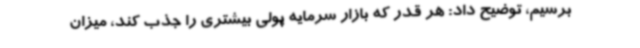
برسیم، توضیح داد: هر قدر که بازار سرمایه پولی بیشتری را جذب کند، میزان